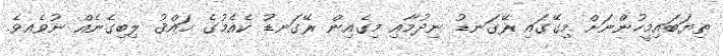
ތިޔަބައިމީހުންނަށް މިގޭގައި ރޭގަނޑު ނިދުމާއި މިގެއިން ރޭގަނޑު ކެއެމުގެ ޙައްޤު ލިބިގެނެއް ނުވެއވެ.